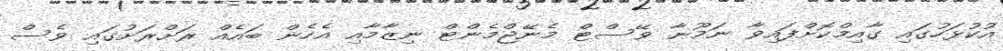
އުކުޅަހުގައި ގާއިމްކޮށްފައިވާ ނަމޫނާ ވޭސްޓް މެނޭޖްމެންޓް ނިޒާމާއި އެހެން ބައެއް ރަށްރަށުގައި ވެސް